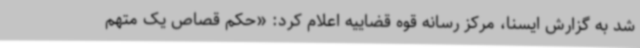
شد به گزارش ایسنا، مرکز رسانه قوه قضاییه اعلام کرد: «حکم قصاص یک متهم